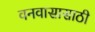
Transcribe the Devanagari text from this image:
वनवासासाठी